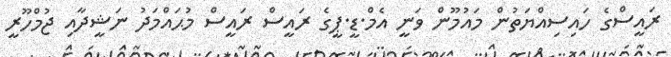
ރައީސްގެ ހައިސިއްޔަތުން މައުމޫން ވަނީ އެމް.ޑީ.ޕީގެ ރައީސް ރައީސް މުޙައްމަދު ނަޝީދާއި ޖުމްހޫރީ